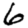
Digit: 6